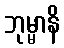
ဘုမ္မာနိ